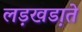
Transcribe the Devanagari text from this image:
लड़खडा़ते